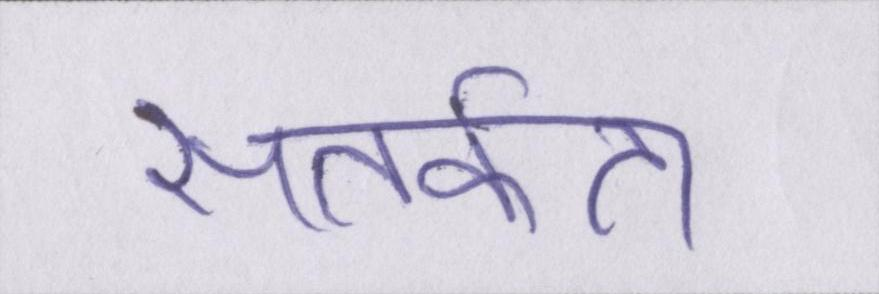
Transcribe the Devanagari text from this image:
सतर्कता